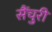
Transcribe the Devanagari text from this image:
सैंचुरी